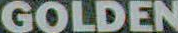
GOLDEN